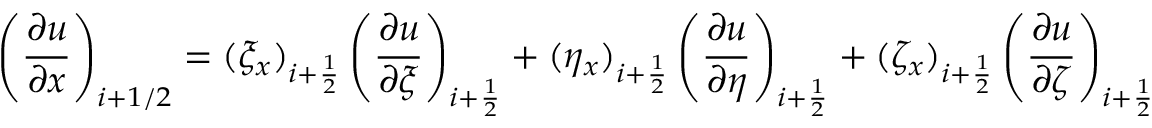
\left( \frac { \partial u } { \partial x } \right) _ { i + 1 / 2 } = ( \xi _ { x } ) _ { i + \frac { 1 } { 2 } } \left( \frac { \partial u } { \partial \xi } \right) _ { i + \frac { 1 } { 2 } } + ( \eta _ { x } ) _ { i + \frac { 1 } { 2 } } \left( \frac { \partial u } { \partial \eta } \right) _ { i + \frac { 1 } { 2 } } + ( \zeta _ { x } ) _ { i + \frac { 1 } { 2 } } \left( \frac { \partial u } { \partial \zeta } \right) _ { i + \frac { 1 } { 2 } }